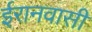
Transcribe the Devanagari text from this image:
ईरानवासी